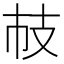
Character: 𢺷